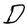
Character: D